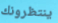
ينتظرونك